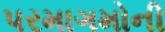
પરમાગમોની